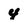
Character: 4